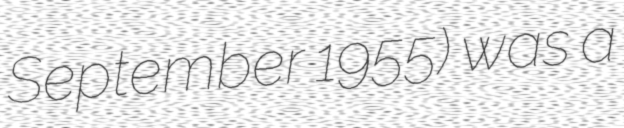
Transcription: September 1955) was a